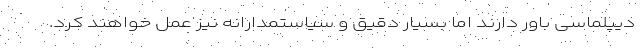
دیپلماسی باور دارند اما بسیار دقیق و سیاستمدارانه نیز عمل خواهند کرد.